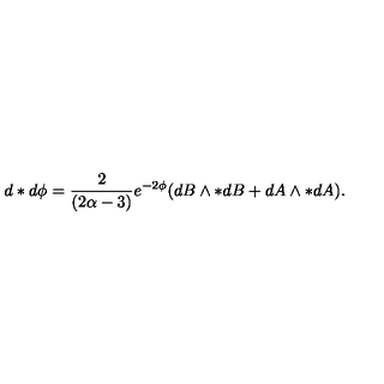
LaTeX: d * d \phi = \frac { 2 } { ( 2 \alpha - 3 ) } e ^ { - 2 \phi } ( d B \wedge * d B + d A \wedge * d A ) .